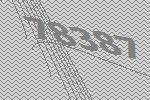
78387